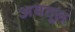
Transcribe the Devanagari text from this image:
अबदूल